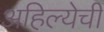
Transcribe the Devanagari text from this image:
अहिल्येची